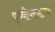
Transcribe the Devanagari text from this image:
पृथ्वीपल्याडची